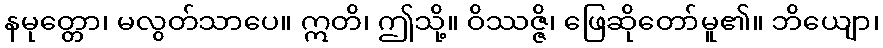
နမုတ္တော၊ မလွတ်သာပေ။ ဣတိ၊ ဤသို့။ ဝိဿဇ္ဇိ၊ ဖြေဆိုတော်မူ၏။ ဘိယျော၊